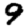
Digit: 9